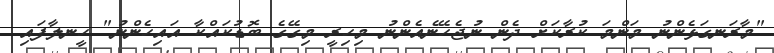
"މާރަނގަޅެންނު މަންމަ ކުރާކަށް ދެން ނުޖެހޭނެއެންނު މިހިރީ މިގޭގެ ބޮޑުކައްކާ އައިހެންނު" ހީނލާފައި